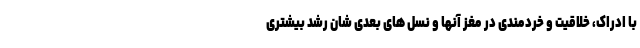
با ادراک، خلاقیت و خردمندی در مغز آنها و نسل های بعدی شان رشد بیشتری